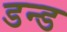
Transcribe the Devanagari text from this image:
डन्ड